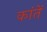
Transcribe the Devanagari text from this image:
कांतें